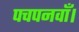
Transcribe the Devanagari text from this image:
पचपनवाँ।